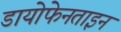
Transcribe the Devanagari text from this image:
डायोफेनताइन